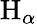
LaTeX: \mathrm{H}_{\alpha}